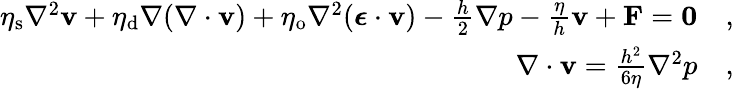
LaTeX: \begin{array}{rl}{\eta_{\mathrm{s}}\nabla^{2}\mathbf{v}+\eta_{\mathrm{d}}\nabla(\nabla\cdot\mathbf{v})+\eta_{\mathrm{o}}\nabla^{2}(\boldsymbol{\epsilon}\cdot\mathbf{v})-\frac{h}{2}\nabla p-\frac{\eta}{h}\mathbf{v}+\mathbf{F}=\mathbf{0}}&{,}\\ {\nabla\cdot\mathbf{v}=\frac{h^{2}}{6\eta}\nabla^{2}p}&{,}\end{array}